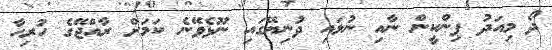
ދޯ މިއަދު ޕިންކީން ނާއި ނުލައި ދުނިޔޭގައި ނޫޅެވޭނެ ކަމަށް ރާއްޖޭގެ ހުރިހާ